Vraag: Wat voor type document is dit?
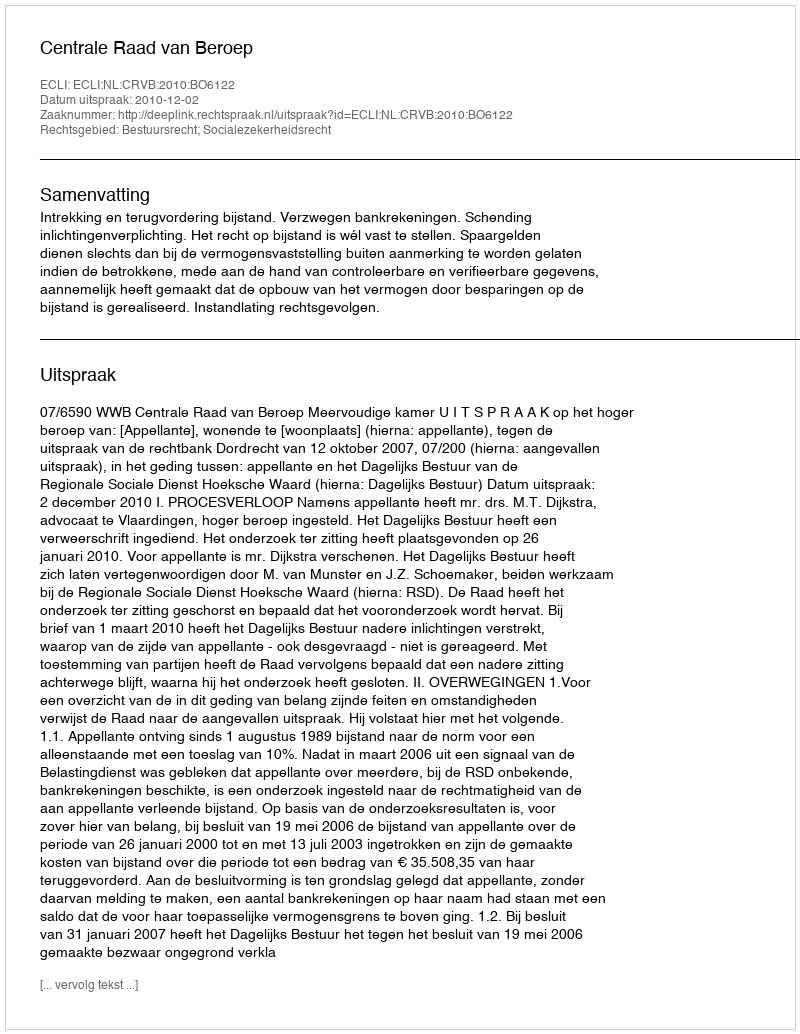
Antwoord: Uitspraak